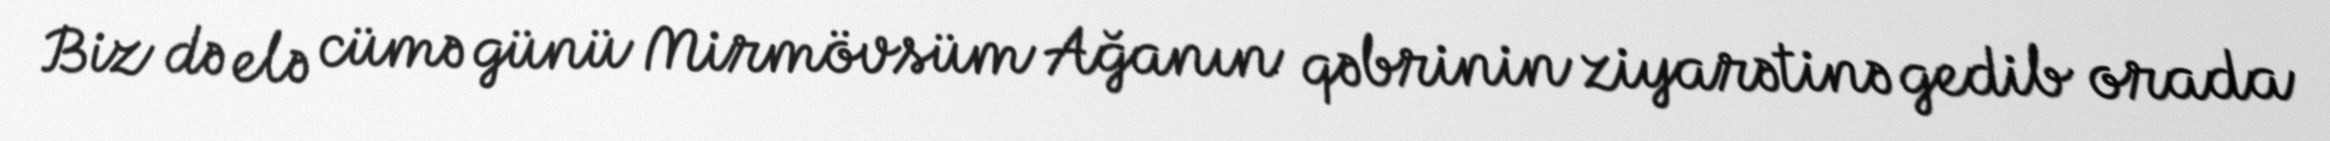
Biz də elə cümə günü Mirmövsüm Ağanın qəbrinin ziyarətinə gedib orada